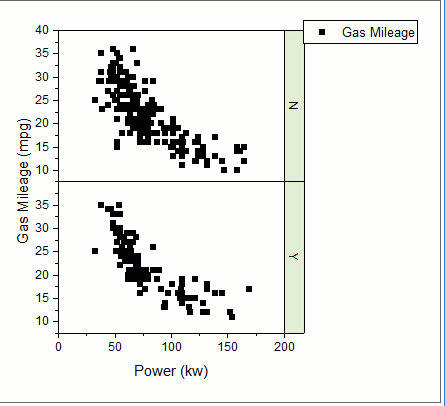
originLab, graph maker app, scatter plot, grouped2